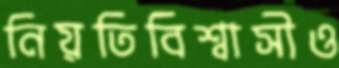
নিয়তিবিশ্বাসীও